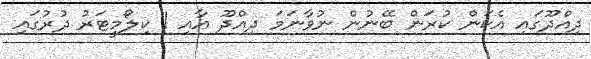
ދިއްދޫގައި އެކަން ކުރަން ބޭނުން ނުވާނަމަ ދިއްދޫ އާއި 1 ކިލޯމީޓަރު ދުރުގައި